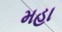
મહા